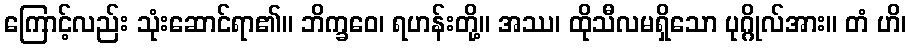
ကြောင့်လည်း သုံးဆောင်ရာ၏။ ဘိက္ခဝေ၊ ရဟန်းတို့။ အဿ၊ ထိုသီလမရှိသော ပုဂ္ဂိုလ်အား။ တံ ဟိ၊